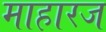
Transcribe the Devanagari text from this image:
माहारज